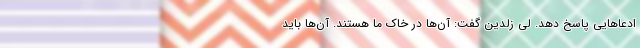
ادعاهایی پاسخ دهد. لی زلدین گفت: آن‌ها در خاک ما هستند. آن‌ها باید